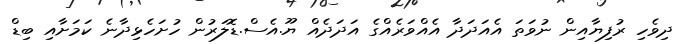
ދިވެހި ރުފިޔާއިން ނުވަތަ އެއަދަދާ އެއްވަރެއްގެ އަދަދެއް ޔޫ.އެސް.ޑޮލަރުން ހުށަހެޅިދާނެ ކަމަށާއި ބިޑް